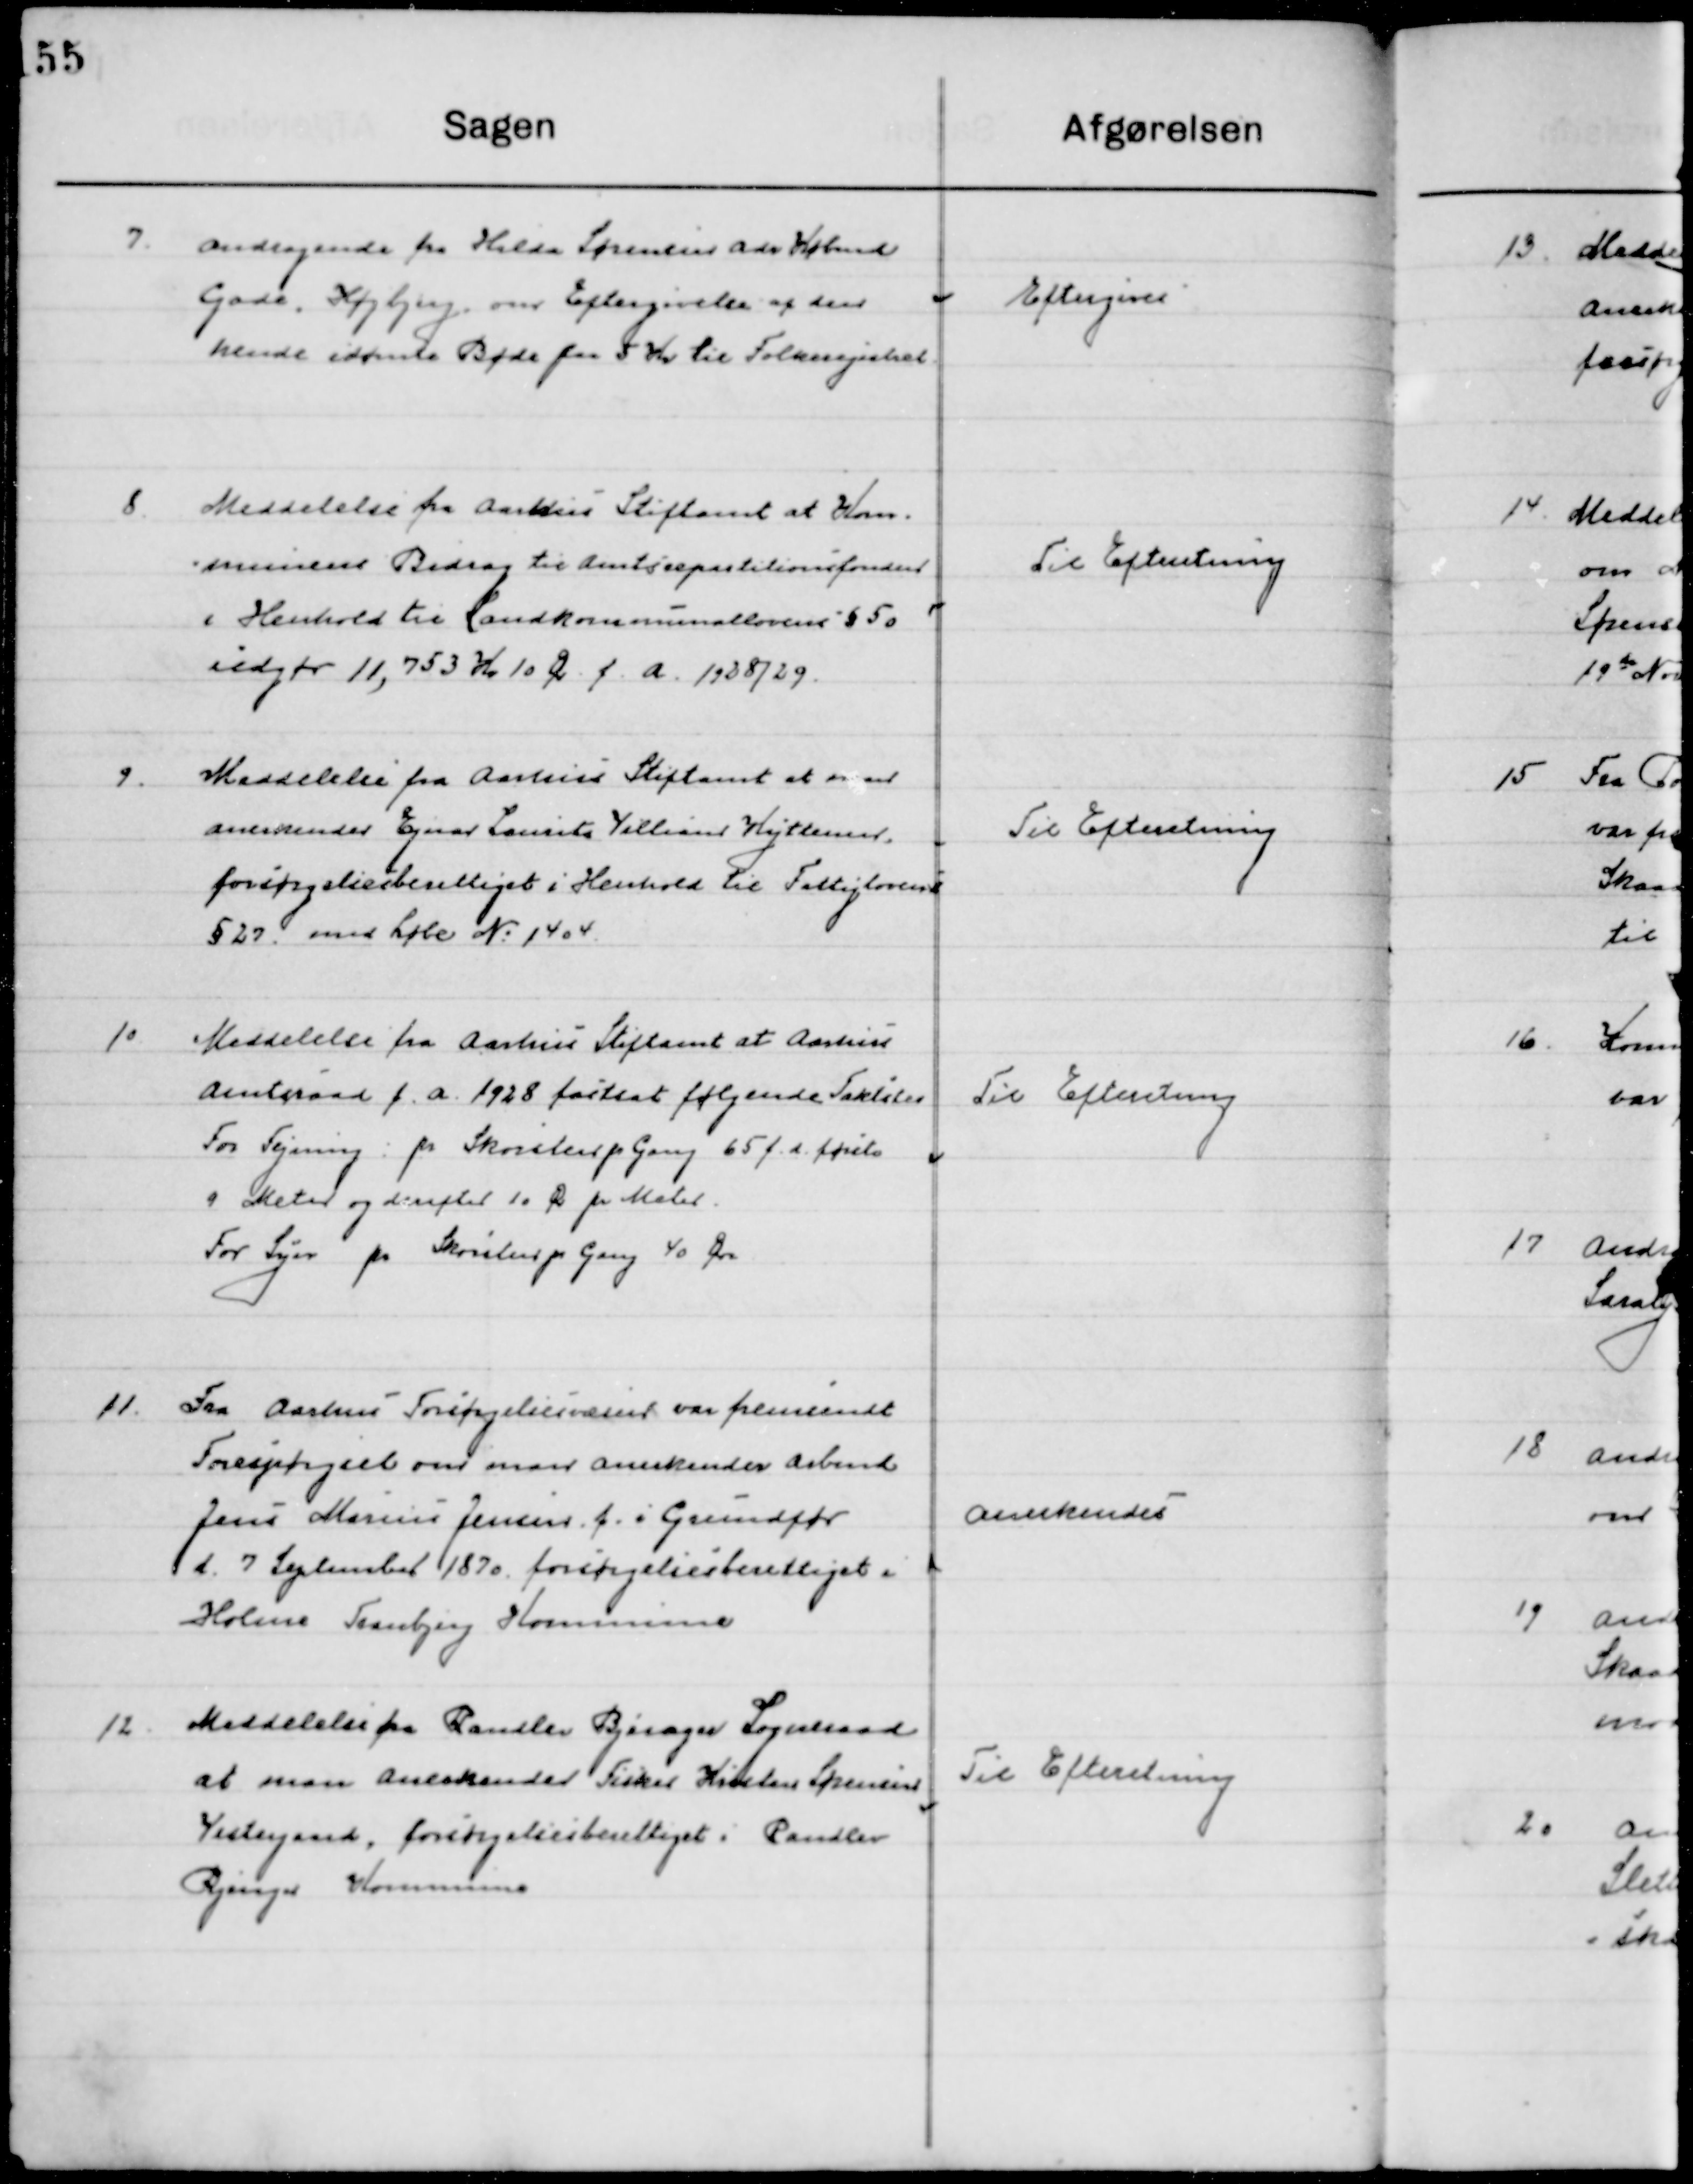
Transskription:
7

Andragende fra Hilda Sørensen adr Købmd-
Gade, Højbjerg om Eftergivelse af den
Hendes idømte Bøde paa 5 Kr. til Folkeregisteret

Eftergives

8

Meddelelse fra Aarhus Stiftsamt at Kom-
munens Bidrag til Amtsreparationsfonden
i Henhold til Landkommunelovens § 50
udgør 11,753 Kr. 10 Øre f. a. 1928/29

Til Efterretning

9

Meddelelse fra Aarhus Stiftsamt at man
Anerkender Ejnar Laurits Villiam Hyttesen.
Forsørgelsesberettiget i henhold til Fattiglovens
§ 29 med Løbe № 1404.

Til Efterretning

10

Meddelelse fra Aarhus Stiftsamt at Aarhus
Amtsraad f. a. 1928 fastsat følgende Takster
For Fejning pr. skorsten pr. Gang 65 f. d. første
9 Meter og dernæst 10 Øre pr Meter. 
For Fyr pr Skorsten pr gang 40 Øre

Til Efterretning

11

Fra Aarhus Forsørgelsesvæsen var fremsendt
Forespørgsel om man anerkender Arbmd
Jens Marius Jensen f. i Grundfør
d. 7 September 1870 forsørgelsesberettiget i 
Holme Tranbjerg Kommune

Anerkendes

12

Meddelelse fra Randlev Bjerager Sogneraad
at man Anerkender Fisker Kresten Sørensen
Vestergaard, forsørgelsesberettiget i Randlev 
Bjerager Kommune

Til Efterretning